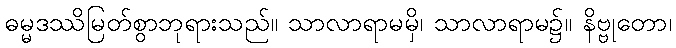
ဓမ္မဒဿိမြတ်စွာဘုရားသည်။ သာလာရာမမှိ၊ သာလာရာမ၌။ နိဗ္ဗုတော၊